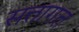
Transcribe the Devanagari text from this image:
सत्तागत